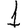
Digit: 1